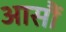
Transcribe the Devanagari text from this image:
आसौं